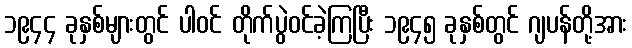
၁၉၄၄ ခုနှစ်များတွင် ပါဝင် တိုက်ပွဲဝင်ခဲ့ကြပြီး ၁၉၄၅ ခုနှစ်တွင် ဂျပန်တို့အား